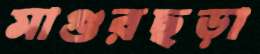
মাগুরছড়া